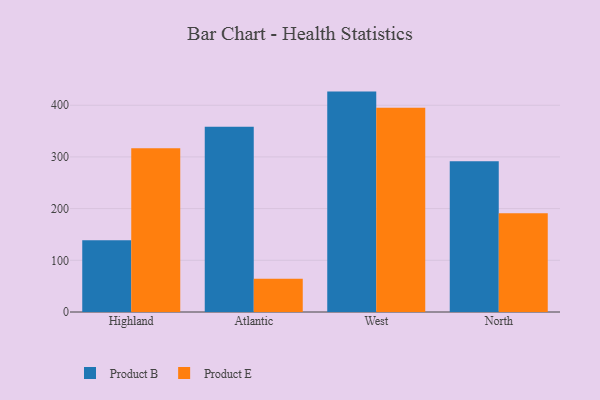
{"axis": {"x": "Region", "y": "Conversion Rate (%)"}, "legend": ["Product B", "Product E"], "data": [{"x": "Highland", "y": 139.0, "type": "Product B"}, {"x": "Highland", "y": 316.8, "type": "Product E"}, {"x": "Atlantic", "y": 358.5, "type": "Product B"}, {"x": "Atlantic", "y": 64.5, "type": "Product E"}, {"x": "West", "y": 426.4, "type": "Product B"}, {"x": "West", "y": 395.2, "type": "Product E"}, {"x": "North", "y": 291.8, "type": "Product B"}, {"x": "North", "y": 190.9, "type": "Product E"}]}